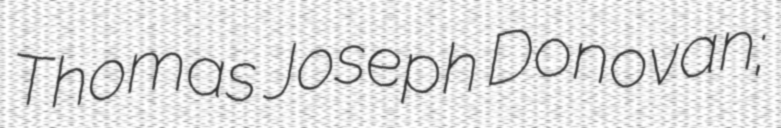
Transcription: Thomas Joseph Donovan;